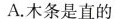
A.木条是直的